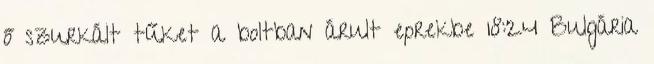
ő szurkált tűket a boltban árult eprekbe 18:24 Bulgária